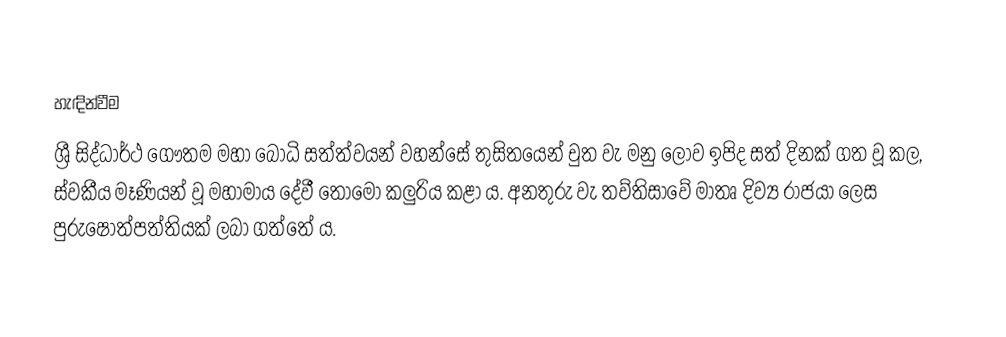

හැඳින්වීම
ශ්‍රී සිද්ධාර්ථ ගෞතම මහා බෝධි සත්ත්වයන් වහන්සේ තුසිතයෙන් චුත වැ මනු ලොව ඉපිද සත් දිනක් ගත වූ කල, ස්වකීය මෑණියන් වූ මහාමාය දේවී තොමෝ කලුරිය කළා ය. අනතුරු වැ තව්තිසාවේ මාතෘ දිව්‍ය රාජයා ලෙස පුරුෂෝත්පත්තියක් ලබා ගත්තේ ය.